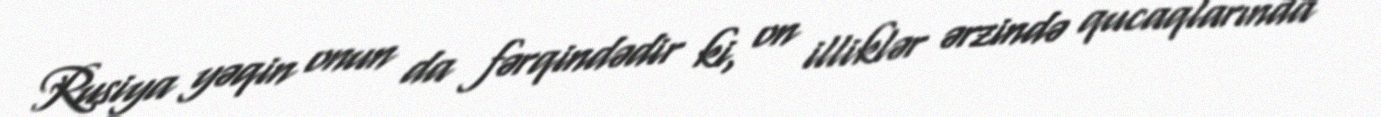
Rusiya yəqin onun da fərqindədir ki, on illiklər ərzində qucaqlarında